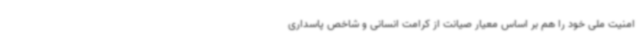
امنیت ملی خود را هم بر اساس معیار صیانت از کرامت انسانی و شاخص پاسداری